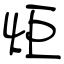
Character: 炬